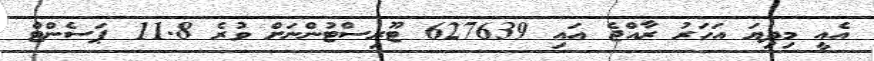
އެއީ މިދިޔަ އަހަރު ރާއްޖެ އައި 627639 ޓޫރިސްޓުންނަށް ވުރެ 11.8 ޕަސެންޓް